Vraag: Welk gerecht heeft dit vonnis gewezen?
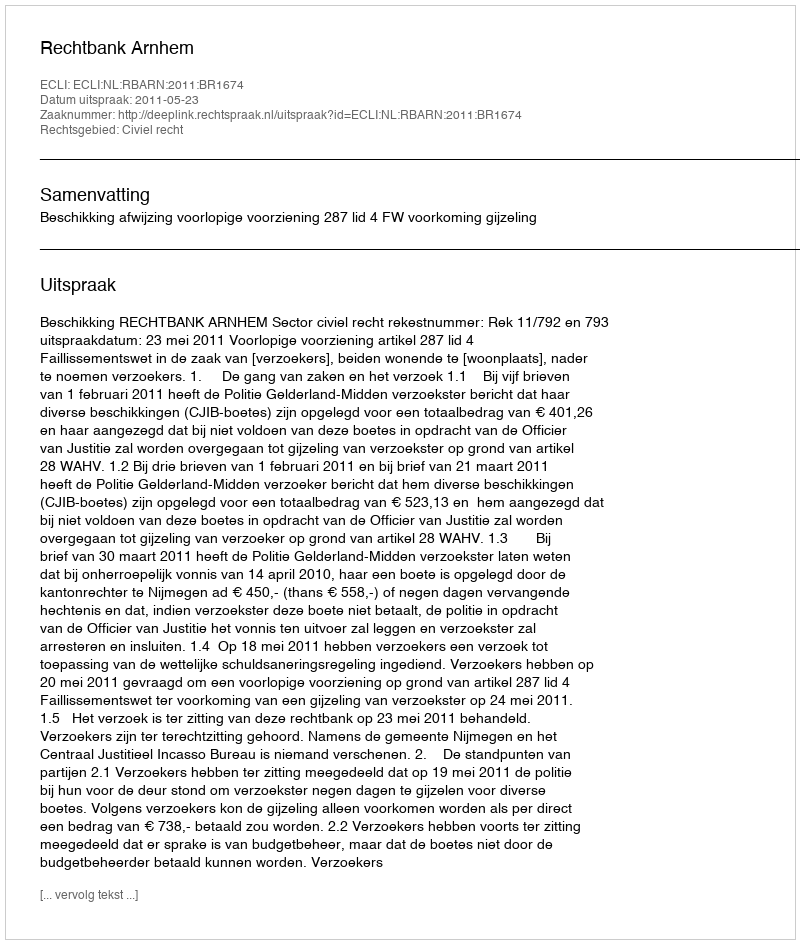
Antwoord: Rechtbank Arnhem